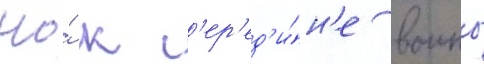
Но́ к с'ер'ед'и́н'е воины